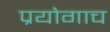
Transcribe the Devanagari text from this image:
प्रयोगाच